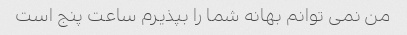
من نمی توانم بهانه شما را بپذیرم ساعت پنج است